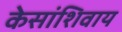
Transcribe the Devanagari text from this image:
केसांशिवाय